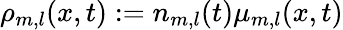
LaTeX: \rho_{m,l}(x,t):=n_{m,l}(t)\mu_{m,l}(x,t)